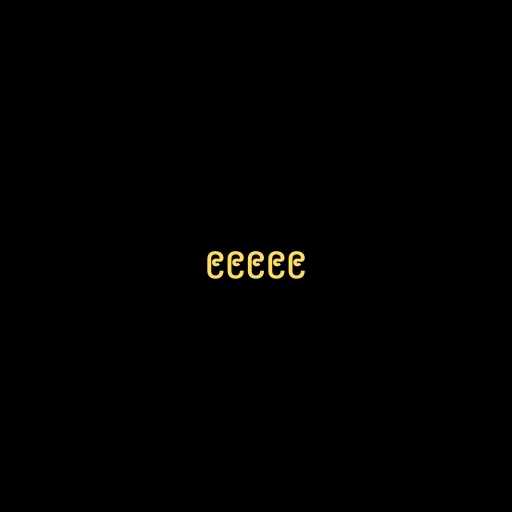
၉၉၉၉၉